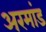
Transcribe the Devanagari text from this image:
अरमांड